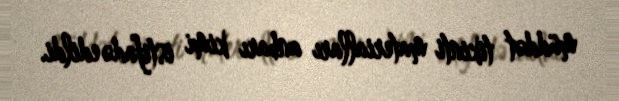
müddət tikinti materialları anbarı kimi istifadə edildi.